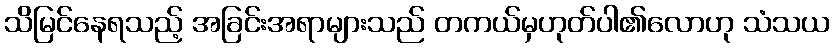
သိမြင်နေရသည့် အခြင်းအရာများသည် တကယ်မှဟုတ်ပါ၏လောဟု သံသယ